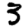
Digit: 3